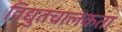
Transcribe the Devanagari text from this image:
विद्युतचालकता